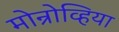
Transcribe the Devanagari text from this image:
मोन्रोव्हिया